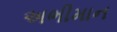
અભીમાન